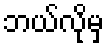
ဘယ်လိုမှ